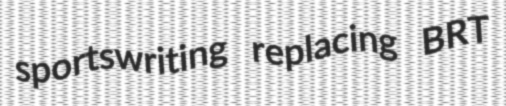
sportswriting replacing BRT